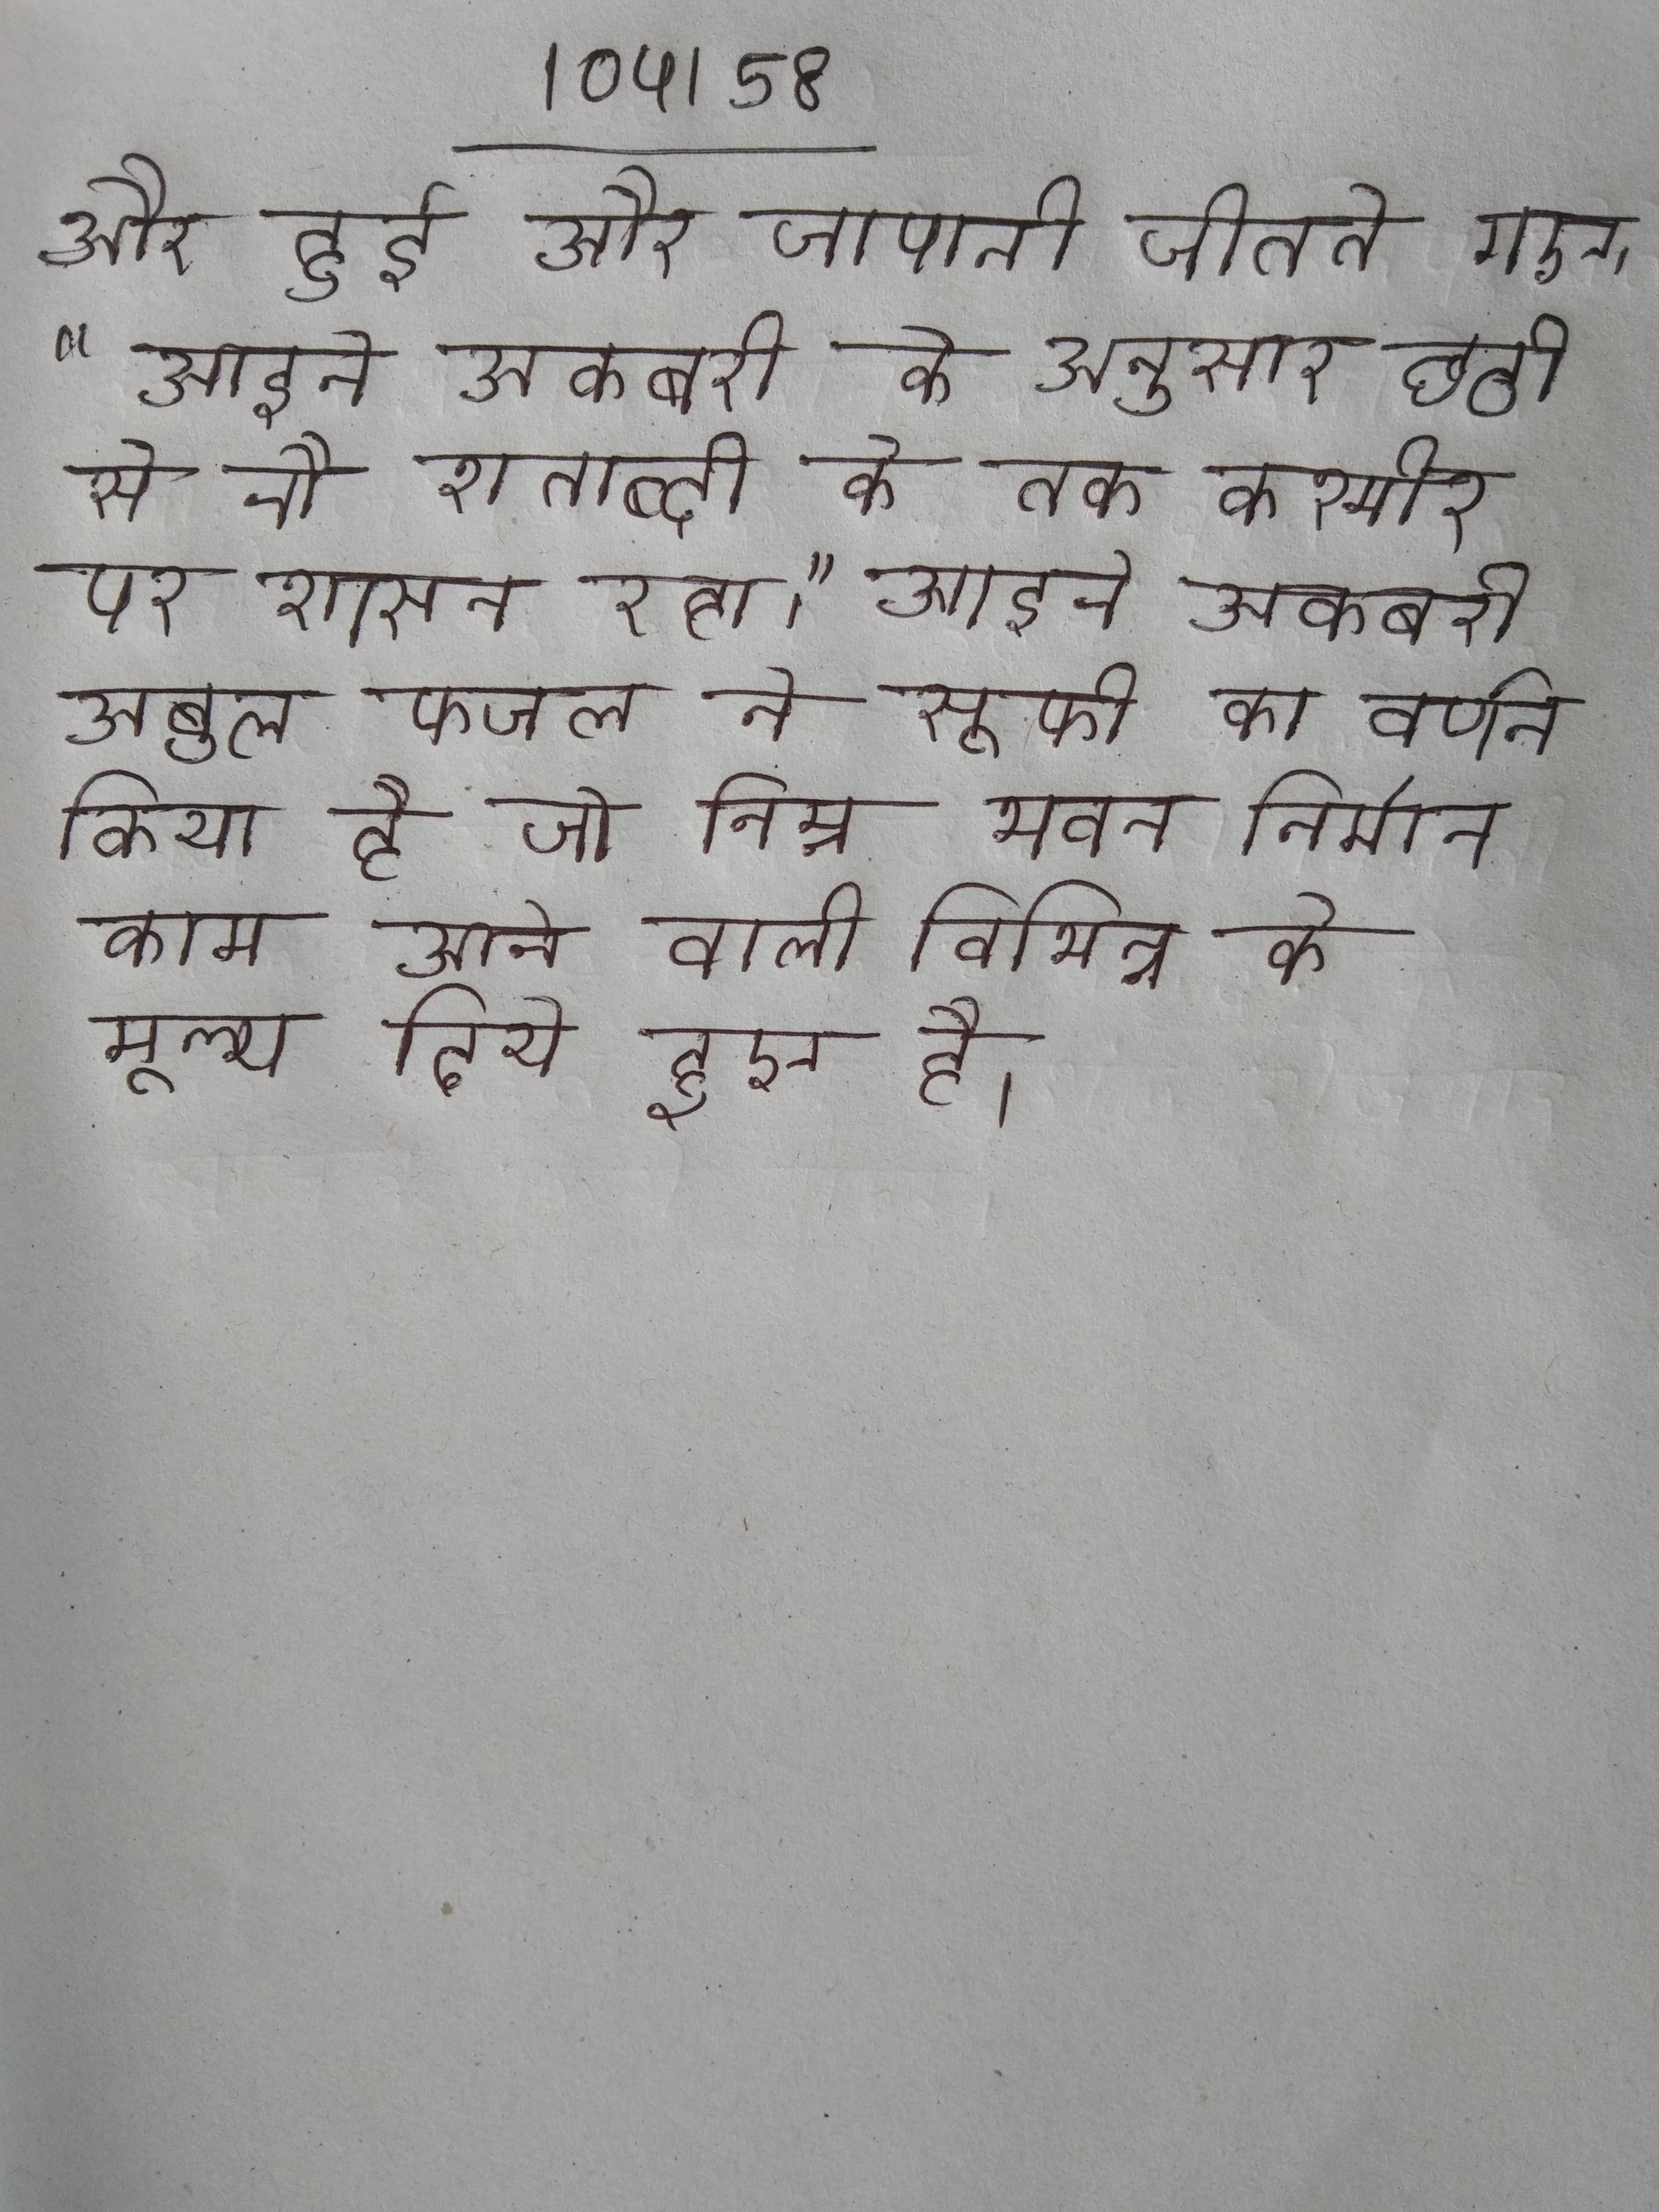
और हुई और जापानी जीतते गए । "आइने अकबरी के अनुसार छठी से नौ शताब्दी के तक कश्मीर पर शासन रहा।" आइने अकबरी अबुल फजल ने सूफी का वर्णन किया है जो निम्न भवन निर्माण काम आने वाली विभिन्न के मूल्य दिये हुए है ।